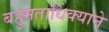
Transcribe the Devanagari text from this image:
बहुमताधिक्याने